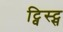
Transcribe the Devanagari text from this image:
ट्विस्ट्स